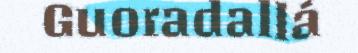
Guoradallá